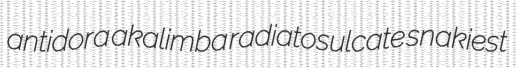
antidora akalimba radiatosulcate snakiest